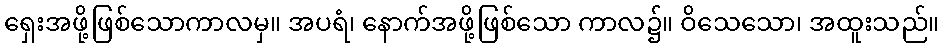
ရှေးအဖို့ဖြစ်သောကာလမှ။ အပရံ၊ နောက်အဖို့ဖြစ်သော ကာလ၌။ ဝိသေသော၊ အထူးသည်။